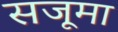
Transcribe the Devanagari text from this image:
सजूमा